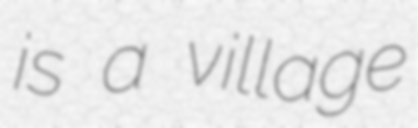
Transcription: is a village